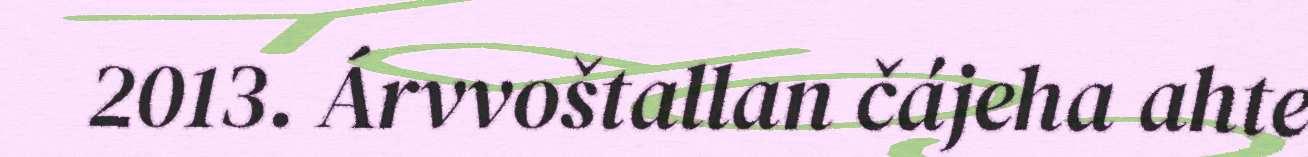
2013. Árvvoštallan čájeha ahte